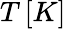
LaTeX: T\, [K]